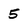
Character: 5